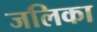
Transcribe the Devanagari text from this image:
जलिका